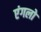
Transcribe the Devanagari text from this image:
एंगलो